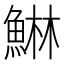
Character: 𱆴